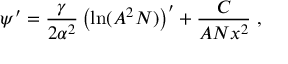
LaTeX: \psi ^ { \prime } = \frac { \gamma } { 2 \alpha ^ { 2 } } \left( \ln ( A ^ { 2 } N ) \right) ^ { \prime } + \frac { C } { A N x ^ { 2 } } \ ,